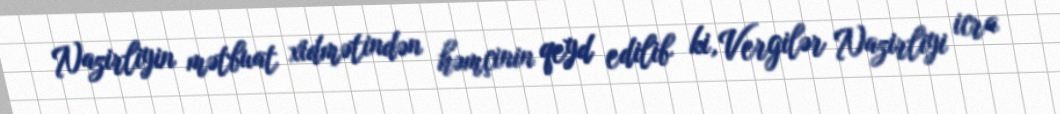
Nazirliyin mətbuat xidmətindən həmçinin qeyd edilib ki, Vergilər Nazirliyi icra